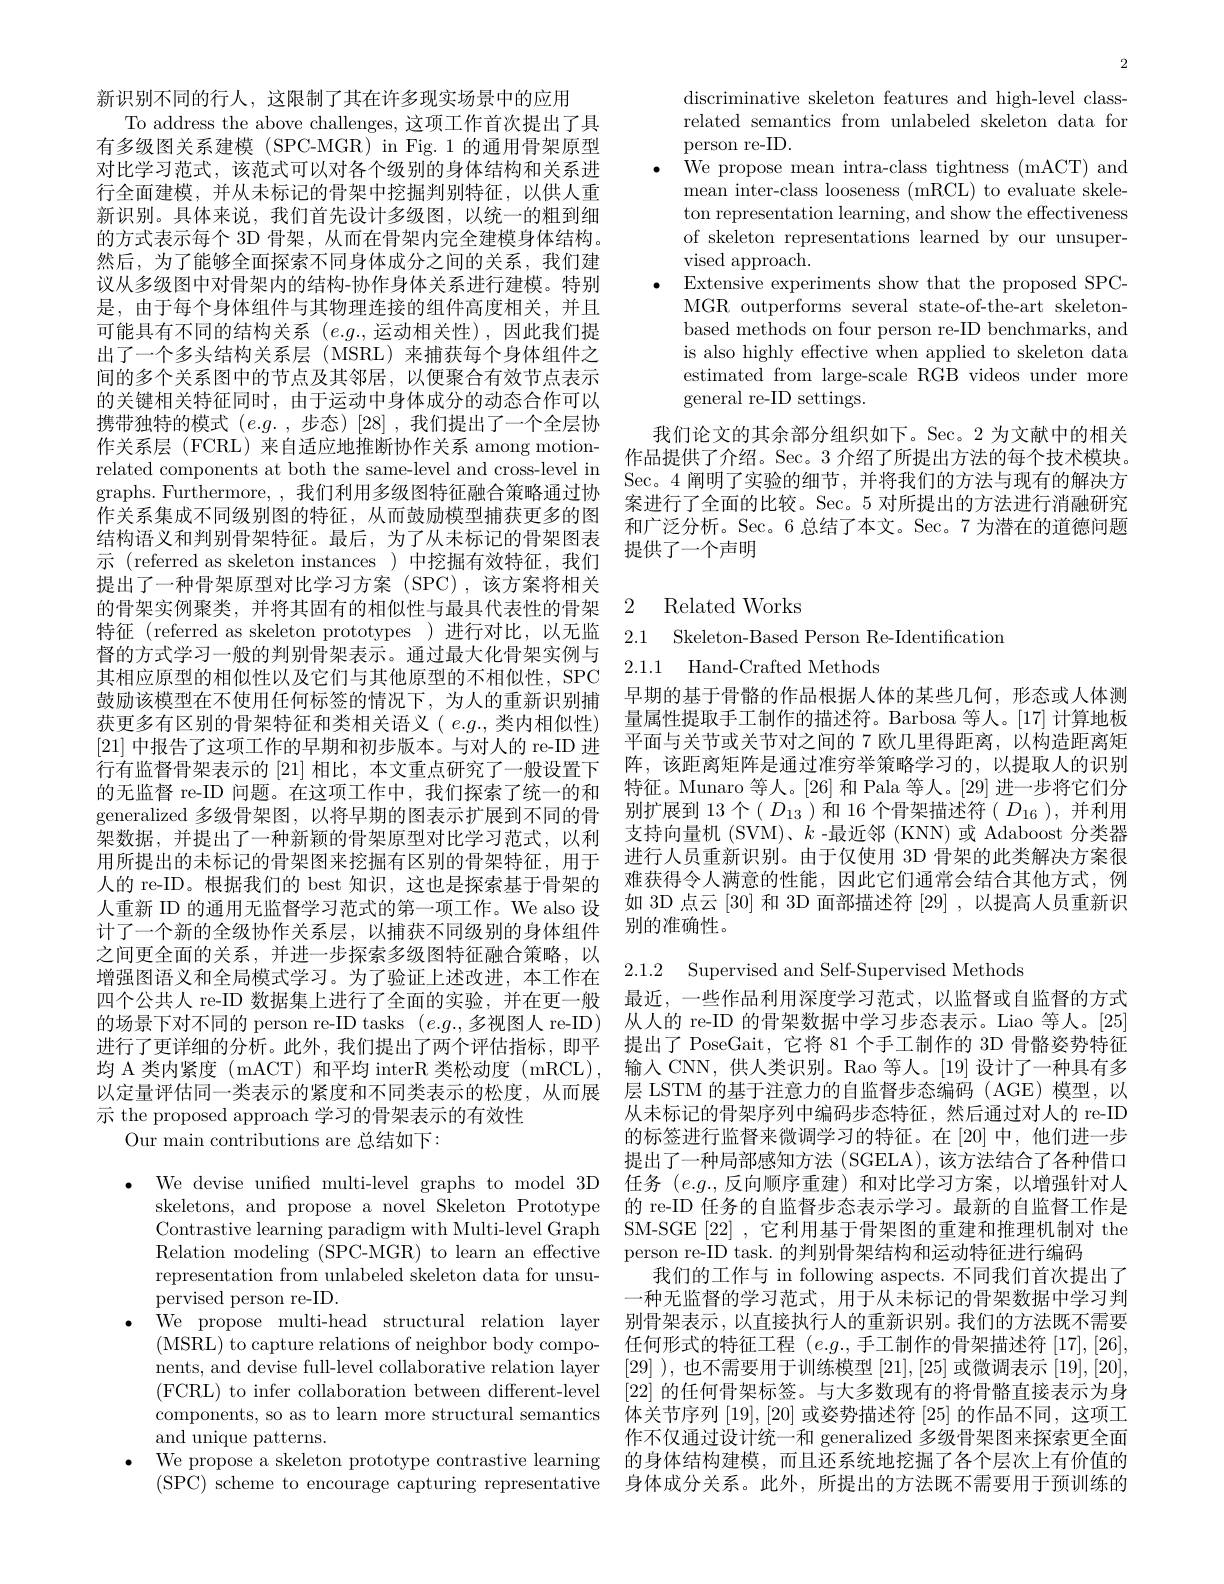
新识别不同的行人，这限制了其在许多现实场景中的应用
To address the above challenges, 这项工作首次提出了具有多级图关系建模 (SPC-MGR) in Fig.1 的通用骨架原型对比学习范式，该范式可以对各个级别的身体结构和关系进行全面建模，并从未标记的骨架中挖掘判别特征，以供人重新识别。具体来说，我们首先设计多级图，以统一的粗到细的方式表示每个 3D 骨架，从而在骨架内完全建模身体结构。然后，为了能够全面探索不同身体成分之间的关系，我们建议从多级图中对骨架内的结构-协作身体关系进行建模。特别是，由于每个身体组件与其物理连接的组件高度相关，并且可能具有不同的结构关系 $(e.g.$,运动相关性),因此我们提出了一个多头结构关系层(MSRL)来捕获每个身体组件之间的多个关系图中的节点及其邻居，以便聚合有效节点表示的关键相关特征同时，由于运动中身体成分的动态合作可以携带独特的模式$(e.g.$,步态)[28],我们提出了一个全层协作关系层(FCRL)来自适应地推断协作关系 among motionrelated components at both the same-level and cross-level in graphs. Furthermore, ,我们利用多级图特征融合策略通过协作关系集成不同级别图的特征，从而鼓励模型捕获更多的图结构语义和判别骨架特征。最后，为了从未标记的骨架图表示 (referred as skeleton instances)中挖掘有效特征，我们提出了一种骨架原型对比学习方案 (SPC),该方案将相关的骨架实例聚类，并将其固有的相似性与最具代表性的骨架特征 (referred as skeleton prototypes )进行对比，以无监2.1 Skeleton-Based Person Re-Identification
督的方式学习一般的判别骨架表示。通过最大化骨架实例与其相应原型的相似性以及它们与其他原型的不相似性，SPC 鼓励该模型在不使用任何标签的情况下，为人的重新识别捕获更多有区别的骨架特征和类相关语义( $e.g.$,类内相似性) [21]中报告了这项工作的早期和初步版本。与对人的 re-ID 进行有监督骨架表示的 [21] 相比，本文重点研究了一般设置下的无监督 re-ID 问题。在这项工作中，我们探索了统一的和generalized 多级骨架图，以将早期的图表示扩展到不同的骨架数据，并提出了一种新颖的骨架原型对比学习范式，以利用所提出的未标记的骨架图来挖掘有区别的骨架特征，用于人的 re-ID。根据我们的 best 知识，这也是探索基于骨架的人重新 ID 的通用无监督学习范式的第一项工作。We also 设计了一个新的全级协作关系层，以捕获不同级别的身体组件之间更全面的关系，并进一步探索多级图特征融合策略，以增强图语义和全局模式学习。为了验证上述改进，本工作在四个公共人 re-ID 数据集上进行了全面的实验，并在更一般的场景下对不同的 person re-ID tasks $(e.g.$,多视图人 re-ID) 进行了更详细的分析。此外，我们提出了两个评估指标，即平均 A 类内紧度 ( mACT) 和平均 interR 类松动度 ( mRCL) , 以定量评估同一类表示的紧度和不同类表示的松度，从而展 层 LSTM 的基于注意力的自监督步态编码 (AGE)模型，以
示 the proposed approach 学习的骨架表示的有效性
Our main contributions are 总结如下：

representation from unlabeled skeleton data for unsu-
pervised person re-ID.
We propose multi-head structural relation layer nents, and devise full-level collaborative relation layer ( FCRL) to infer collaboration between different- level components, so as to learn more structural semantics and unique patterns.

2

discriminative skeleton features and high-level classrelated semantics from unlabeled skeleton data for person re-ID.
We propose mean intra-class tightness (mACT) and mean inter-class looseness (mRCL) to evaluate skeleton representation learning, and show the effectiveness of skeleton representations learned by our unsupervised approach.
Extensive experiments show that the proposed SPCMGR outperforms several state-of-the-art skeletonbased methods on four person re-ID benchmarks, and is also highly effective when applied to skeleton data estimated from large-scale RGB videos under more general re-ID settings.

我们论文的其余部分组织如下。Sec。2 为文献中的相关作品提供了介绍。Sec。3 介绍了所提出方法的每个技术模块。Sec。4 阐明了实验的细节，并将我们的方法与现有的解决方案进行了全面的比较。Sec。5 对所提出的方法进行消融研究和广泛分析。Sec。6 总结了本文。Sec。7 为潜在的道德问题提供了一个声明

## 2 Related Works

2.1.1 Hand-Crafted Methods

早期的基于骨骼的作品根据人体的某些几何，形态或人体测量属性提取手工制作的描述符。Barbosa 等人。[17] 计算地板平面与关节或关节对之间的 7 欧几里得距离，以构造距离矩阵，该距离矩阵是通过准穷举策略学习的，以提取人的识别特征。Munaro 等人。[26] 和 Pala 等人。[29] 进一步将它们分别扩展到 13 个$(D_{13}$)和 16 个骨架描述符( $D_16$ ), 并利用支持向量机 (SVM)、$k$ -最近邻 (KNN)或 Adaboost 分类器进行人员重新识别。由于仅使用 3D 骨架的此类解决方案很难获得令人满意的性能，因此它们通常会结合其他方式，例如 3D 点云 [30] 和 3D 面部描述符 [29] , 以提高人员重新识别的准确性。

2.1.2 Supervised and Self-Supervised Methods
最近，一些作品利用深度学习范式，以监督或自监督的方式从人的 re-ID 的骨架数据中学习步态表示。Liao 等人。[25] 提出了 PoseGait, 它将 81 个手工制作的 3D 骨骼姿势特征输入 CNN, 供人类识别。Rao 等人。[19] 设计了一种具有多从未标记的骨架序列中编码步态特征，然后通过对人的 re-ID 的标签进行监督来微调学习的特征。在[20]中，他们进一步提出了一种局部感知方法(SGELA),该方法结合了各种借口
$\bullet$ We devise unifed multi-level graphs to model 3D 任务 $(e.g.$,反向顺序重建)和对比学习方案，以增强针对人
skeletons, and propose a novel Skeleton Prototype 的 re-ID 任务的自监督步态表示学习。最新的自监督工作是Contrastive learning paradigm with Multi-level Graph SM-SGE [22] ,它利用基于骨架图的重建和推理机制对 the Relation modeling (SPC-MGR) to learn an effective person re-ID task. 的判别骨架结构和运动特征进行编码
我们的工作与 in following aspects. 不同我们首次提出了一种无监督的学习范式，用于从未标记的骨架数据中学习判别骨架表示，以直接执行人的重新识别。我们的方法既不需要
(MSRL) to capture relations of neighbor body compo- 任何形式的特征工程 $(e.g.$,手工制作的骨架描述符 [17],[26],
[29] ), 也不需要用于训练模型[21],[25]或微调表示[19],[20] [22]的任何骨架标签。与大多数现有的将骨骼直接表示为身体关节序列[19],[20]或姿势描述符[25]的作品不同，这项工作不仅通过设计统一和 generalized 多级骨架图来探索更全面
$\bullet$ We propose a skeleton prototype contrastive learning 的身体结构建模，而且还系统地挖掘了各个层次上有价值的
$(\hat{\mathrm{SPC}})$ scheme to encourage capturing representative 身体成分关系。此外，所提出的方法既不需要用于预训练的